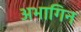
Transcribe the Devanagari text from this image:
अभागिन